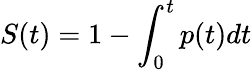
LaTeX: S(t)=1-\int_{0}^{t}p(t)dt